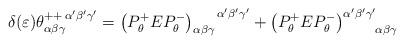
LaTeX: \begin{align*}\delta (\varepsilon )\theta _{\alpha\beta\gamma}^{++\,\alpha'\beta'\gamma'}=\left( P_{\theta}^{+}EP_{\theta }^{-}\right) _{\alpha\beta\gamma}^{\,\,\,\,\,\,\,\,\,\,\,\,\alpha'\beta'\gamma'}+\left(P_{\theta }^{+}EP_{\theta }^{-}\right) _{\,\,\,\,\,\,\,\,\quad\alpha\beta\gamma }^{\alpha'\beta'\gamma'} \end{align*}